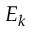
E _ { k }